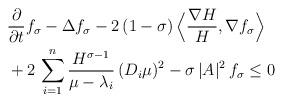
LaTeX: \begin{align*}&\frac{\partial}{\partial t} f_\sigma - \Delta f_\sigma - 2 \, (1-\sigma) \, \Big \langle \frac{\nabla H}{H},\nabla f_\sigma \Big \rangle \\&+ 2 \, \sum_{i=1}^n \frac{H^{\sigma-1}}{\mu-\lambda_i} \, (D_i \mu)^2 - \sigma \, |A|^2 \, f_\sigma \leq 0\end{align*}